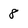
Character: 8